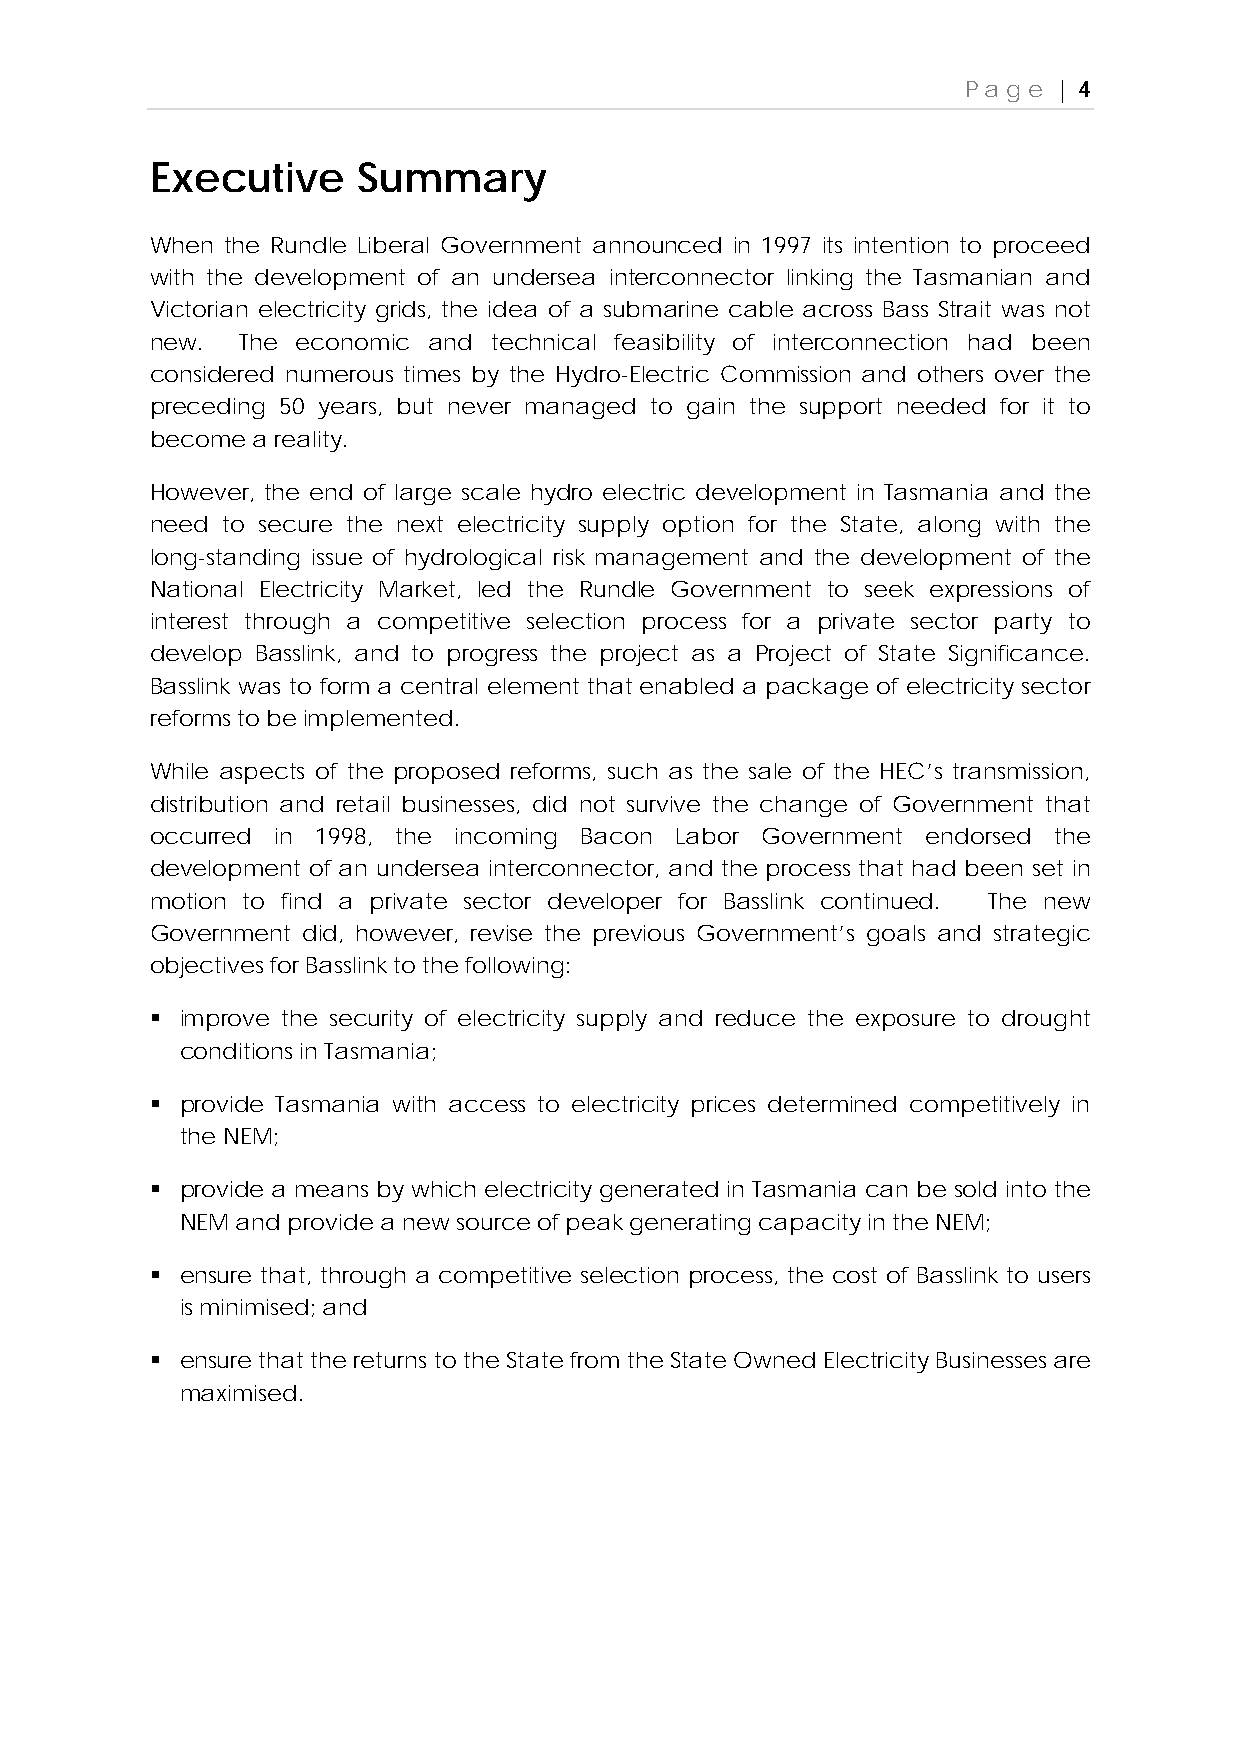
Page  | 4
 Executive     Summary
 When the Rundle Liberal Government announced in 1997 its intention to proceed
 with the development of an undersea interconnector linking the Tasmanian and
 Victorian electricity grids, the idea of a submarine cable across Bass Strait was not
 new.  The economic and technical feasibility of interconnection had been
 considered numerous times by the Hydro-Electric Commission and others over the
 preceding 50 years, but never managed to gain the support needed for it to
 become a reality.
 However, the end of large scale hydro electric development in Tasmania and the
 need to secure the next electricity supply option for the State, along with the
 long-standing issue of hydrological risk management and the development of the
 National Electricity Market, led the Rundle Government to seek expressions of
 interest through a competitive selection process for a private sector party to
 develop Basslink, and to progress the project as a Project of State Significance.
 Basslink was to form a central element that enabled a package of electricity sector
 reforms to be implemented.
 While aspects of the proposed reforms, such as the sale of the HEC’s transmission,
 distribution and retail businesses, did not survive the change of Government that
 occurred in 1998, the incoming Bacon Labor Government endorsed the
 development of an undersea interconnector, and the process that had been set in
 motion to find a private sector developer for Basslink continued. The new
 Government did, however, revise the previous Government’s goals and strategic
 objectives for Basslink to the following:
  improve the security of electricity supply and reduce the exposure to drought
 conditions in Tasmania;
  provide Tasmania with access to electricity prices determined competitively in
 the NEM;
  provide a means by which electricity generated in Tasmania can be sold into the
 NEM and provide a new source of peak generating capacity in the NEM;
  ensure that, through a competitive selection process, the cost of Basslink to users
 is minimised; and
  ensure that the returns to the State from the State Owned Electricity Businesses are
 maximised.